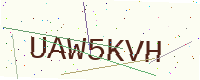
Text: UAW5KVH